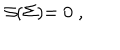
\mathcal { S ( } \Sigma \mathcal { ) = \; } 0 \; ,